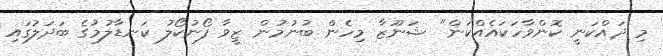
މި ދައްކަނީ ކޮންވާހަކައެއްކަން" ޝަނޫޒާ މިހެން ބުނުމުން ޒީވާ ފޯނުކޯލު ކަނޑާލުމުގެ ބަދަލުގައި